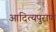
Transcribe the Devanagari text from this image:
आदित्यपुराण